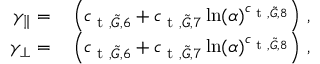
\begin{array} { r l } { \gamma _ { \parallel } = } & { { } \left( c _ { \textup { t } , \tilde { G } , 6 } + c _ { \textup { t } , \tilde { G } , 7 } \ln ( \alpha ) ^ { c _ { \textup { t } , \tilde { G } , 8 } } \right) \, , } \\ { \gamma _ { \perp } = } & { { } \left( c _ { \textup { t } , \tilde { G } , 6 } + c _ { \textup { t } , \tilde { G } , 7 } \ln ( \alpha ) ^ { c _ { \textup { t } , \tilde { G } , 8 } } \right) \, , } \end{array}